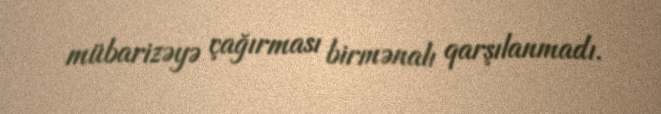
mübarizəyə çağırması birmənalı qarşılanmadı.